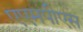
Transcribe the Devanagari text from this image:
एएमपीएस